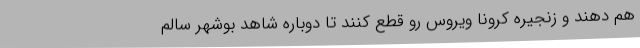
هم دهند و زنجیره کرونا ویروس رو قطع کنند تا دوباره شاهد بوشهر سالم